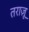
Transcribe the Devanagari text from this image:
तराज़ू़